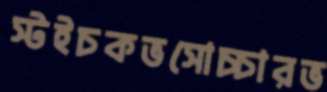
স্টইচকভসোচ্চারভ